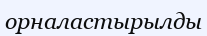
орналастырылды